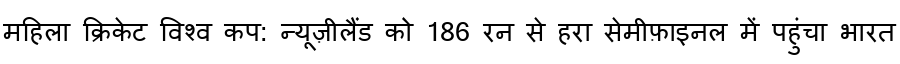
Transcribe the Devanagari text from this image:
महिला क्रिकेट विश्व कप: न्यूज़ीलैंड को 186 रन से हरा सेमीफ़ाइनल में पहुंचा भारत